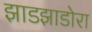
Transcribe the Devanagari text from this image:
झाडझाडोरा